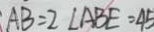
: A B = 2 \angle A B E = 4 5